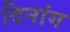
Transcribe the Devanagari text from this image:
दिनांग